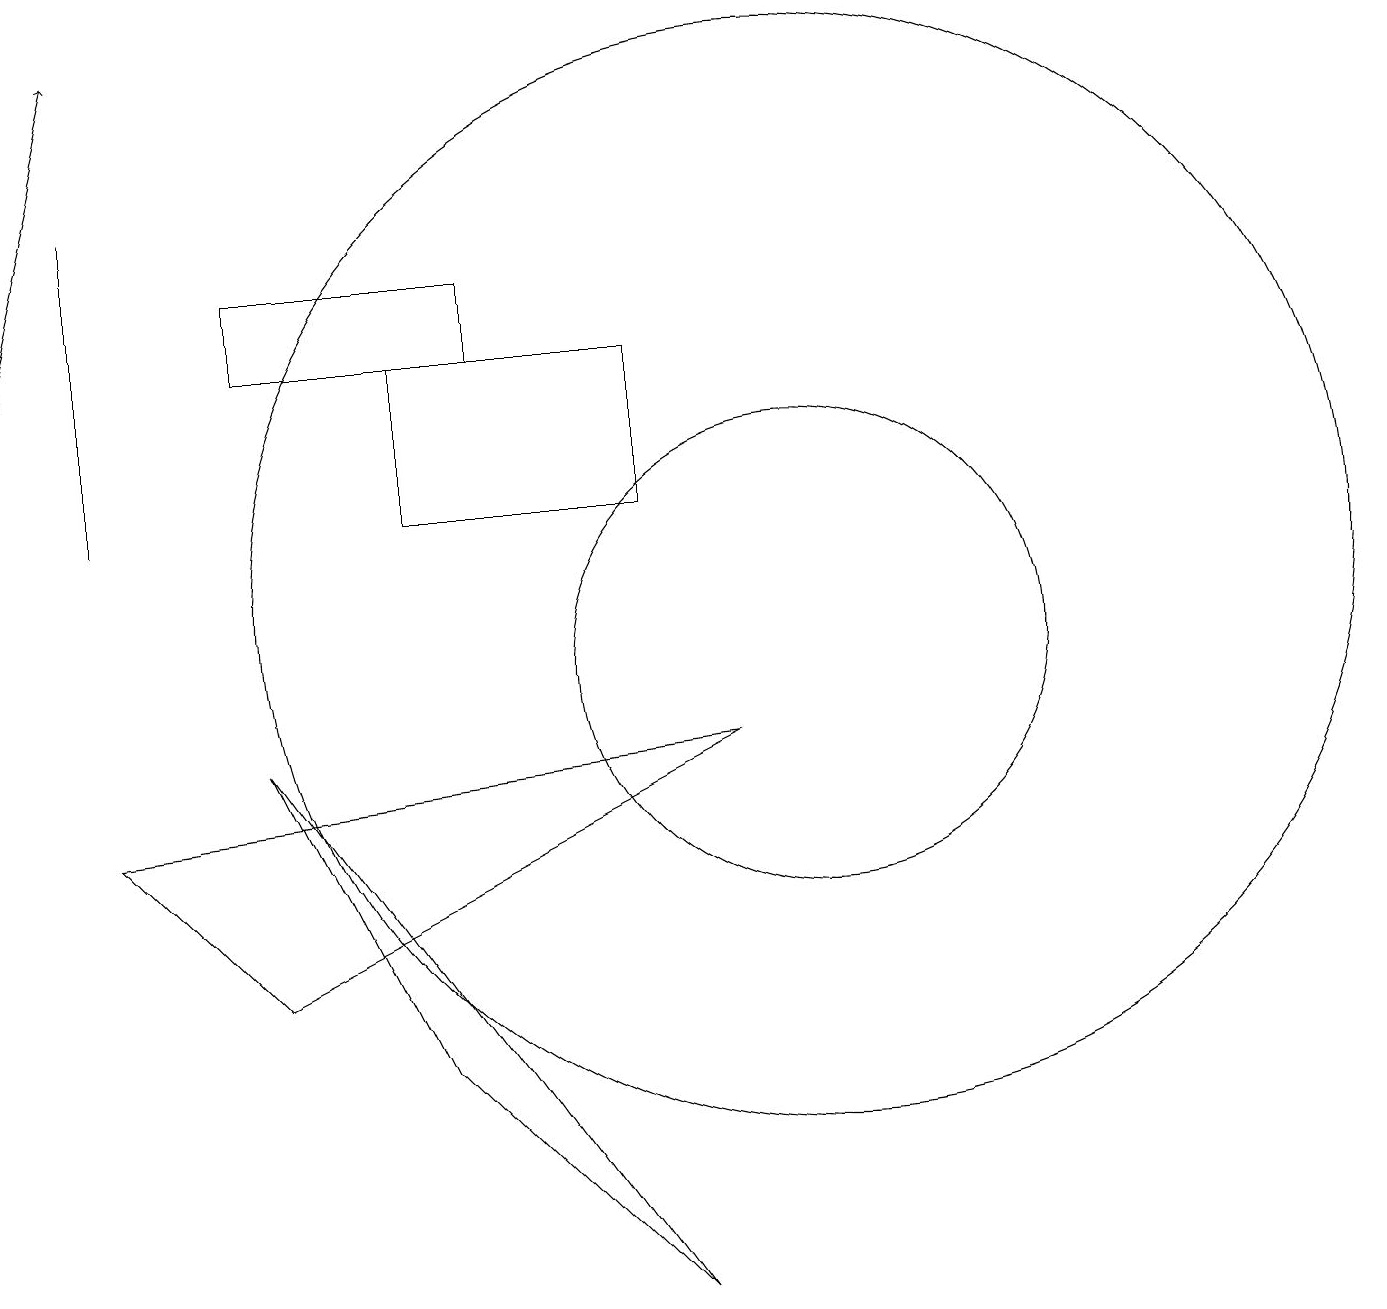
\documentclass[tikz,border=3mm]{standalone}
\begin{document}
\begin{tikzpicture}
\draw (1,16) rectangle (1,12);
\draw (1,8) -- (3,6) -- (9,9) -- cycle;
\draw[->] (0,14) -- (1,18);
\draw (10,11) circle (7);
\draw (5,12) rectangle (8,14);
\draw (10,10) circle (3);
\draw (3,14) rectangle (6,15);
\draw (5,5) -- (3,9) -- (8,2) -- cycle;
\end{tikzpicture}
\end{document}